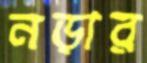
নড়ার